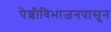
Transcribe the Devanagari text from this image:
पेशीविभाजनपासून